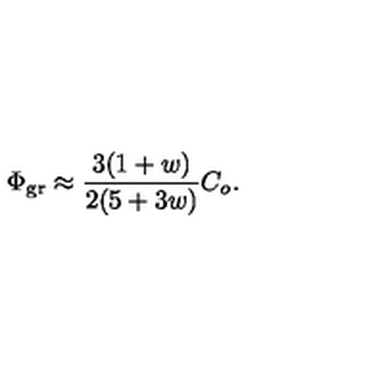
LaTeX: \Phi _ { \mathrm { g r } } \approx { \frac { 3 ( 1 + w ) } { 2 ( 5 + 3 w ) } } C _ { o } .